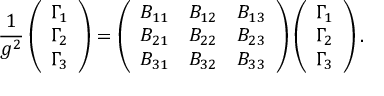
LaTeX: \frac { 1 } { g ^ { 2 } } \left( \begin{array} { l } { { \Gamma _ { 1 } } } \\ { { \Gamma _ { 2 } } } \\ { { \Gamma _ { 3 } } } \end{array} \right) = \left( \begin{array} { l l l } { { B _ { 1 1 } } } & { { B _ { 1 2 } } } & { { B _ { 1 3 } } } \\ { { B _ { 2 1 } } } & { { B _ { 2 2 } } } & { { B _ { 2 3 } } } \\ { { B _ { 3 1 } } } & { { B _ { 3 2 } } } & { { B _ { 3 3 } } } \end{array} \right) \left( \begin{array} { l } { { \Gamma _ { 1 } } } \\ { { \Gamma _ { 2 } } } \\ { { \Gamma _ { 3 } } } \end{array} \right) .